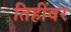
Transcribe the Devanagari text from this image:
तिहींवर